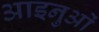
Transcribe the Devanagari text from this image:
आइनुओं